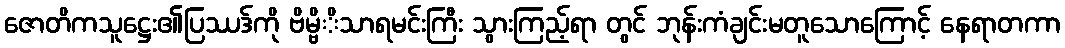
ဇောတိကသူဋ္ဌေး၏ပြဿဒ်ကို ဗိမ္ဗိိသာရမင်းကြီး သွားကြည့်ရာ တွင် ဘုန်းကံချင်းမတူသောကြောင့် နေရာတကာ